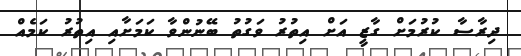
ދިރާސާ ކުރުމަށް ގާޒީ އަށް އިތުރު ވަގުތު ބޭނުންވާ ކަމަށާއި އިތުރު ކަމެއް